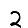
Digit: 2